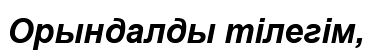
Орындалды тілегім,